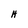
Character: H